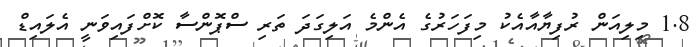
1.8 މިލިއަން ރުފިޔާއާއެކު މިފަހަރުގެ އެންމެ އަލިގަދަ ތަރި ސްޕޮންސާ ކޮށްފައިވަނީ އެލައިޑް